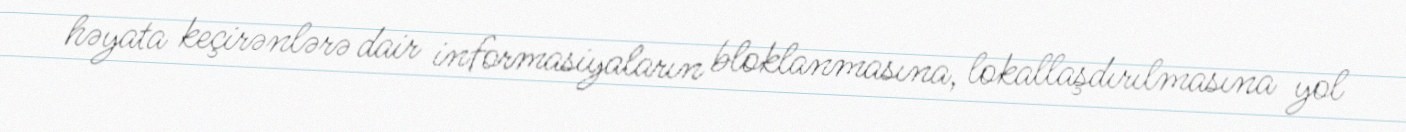
həyata keçirənlərə dair informasiyaların bloklanmasına, lokallaşdırılmasına yol